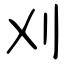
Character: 刈